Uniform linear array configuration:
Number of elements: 48
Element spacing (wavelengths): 0.75
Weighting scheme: exponential
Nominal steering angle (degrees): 60
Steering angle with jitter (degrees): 61.223
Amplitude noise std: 0.05
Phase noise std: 0.05

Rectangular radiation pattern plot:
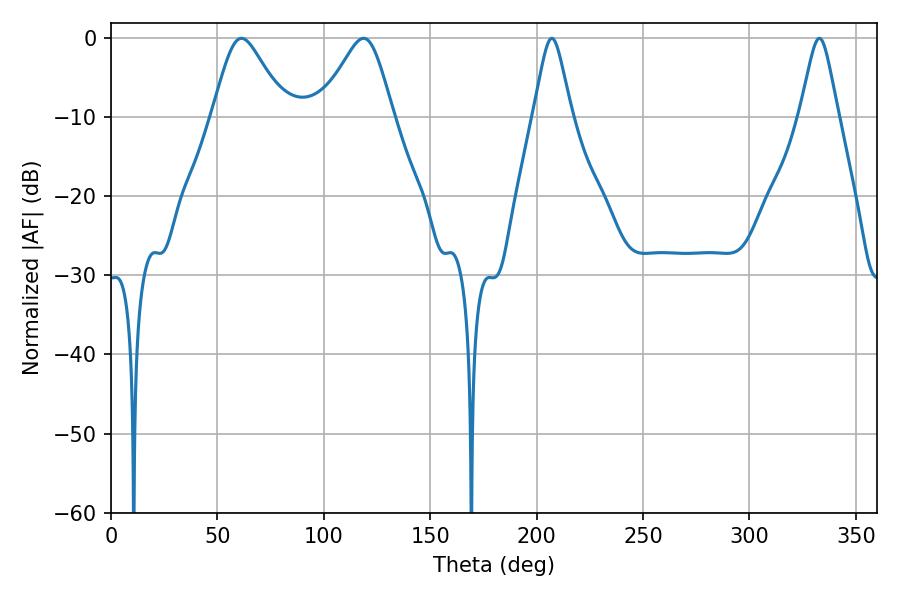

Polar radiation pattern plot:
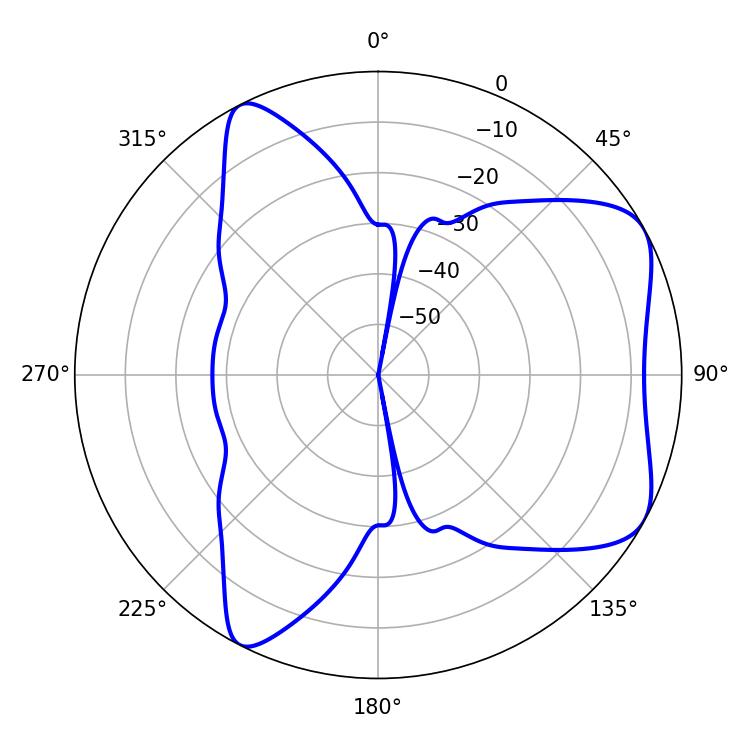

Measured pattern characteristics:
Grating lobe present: TRUE
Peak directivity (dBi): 6.231
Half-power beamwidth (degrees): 16.56
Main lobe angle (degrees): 61.38